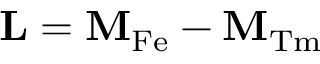
\mathbf { L } = \mathbf { M } _ { \mathrm { F e } } - \mathbf { M } _ { \mathrm { T m } }